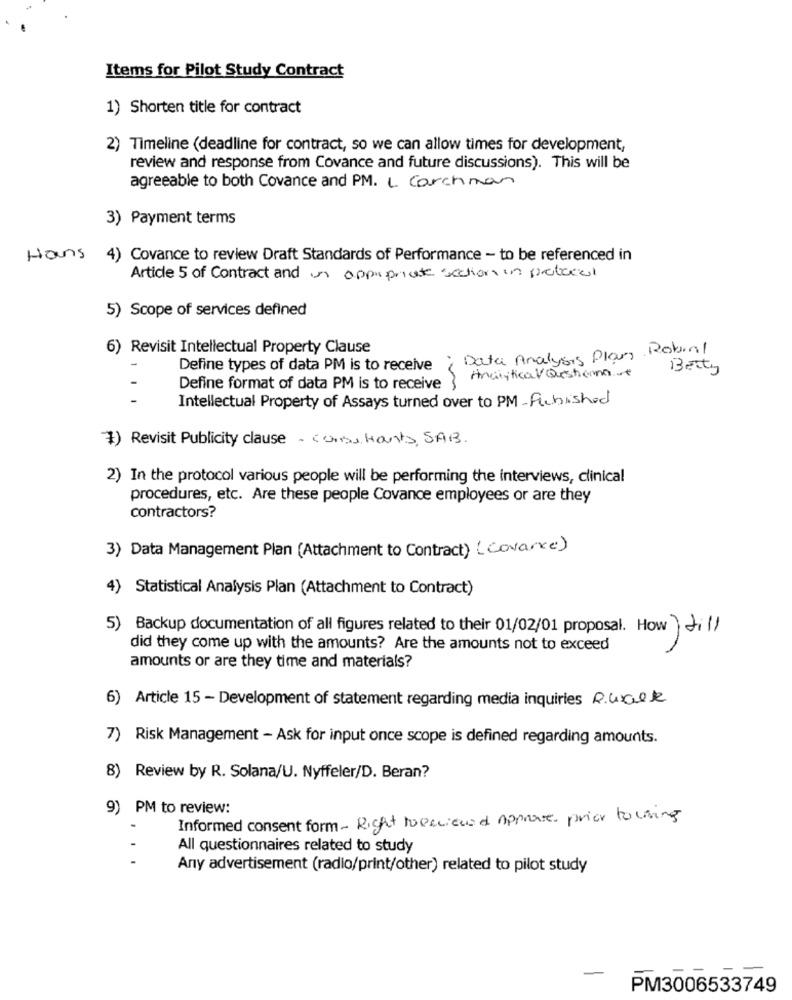
Items for Pilot Study Contract
1) Shorten title for contract
2) Timeline (deadline for contract, so we can allow times for development,
review and response from Covance and future discussions). This will be
agreeable to both Covance and PM. L. Carchman
3) Payment terms
Hans
4) Covance to review Draft Standards of Performance - to be referenced in
Article 5 of Contract and un appropriate section in protect
5) Scope of services defined
6) Revisit Intellectual Property Clause
; Data Analysis Plan Robinl
Define types of data PM is to receive
Berty
Define format of data PM is to receive
Intellectual Property of Assays turned over to PM- Published
1) Revisit Publicity clause - corso Hants, SABB.
2) In the protocol various people will be performing the interviews, clinical
procedures, etc. Are these people Covance employees or are they
contractors?
3) Data Management Plan (Attachment to Contract) ( Covance)
4)
Statistical Analysis Plan (Attachment to Contract)
5) Backup documentation of all figures related to their 01/02/01 proposal. How till
did they come up with the amounts? Are the amounts not to exceed
amounts or are they time and materials?
6) Article 15 - Development of statement regarding media inquiries R.Walk
7) Risk Management - Ask for input once scope is defined regarding amounts.
8) Review by R. Solana/U. Nyffeler/D. Beran?
9) PM to review:
Informed consent form - Right tocariausd Approve prior to using
All questionnaires related to study
..
Any advertisement (radio/print/other) related to pilot study
PM3006533749